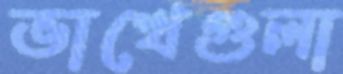
ভাখেগুলা